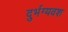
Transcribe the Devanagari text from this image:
दुर्भग्यवश